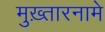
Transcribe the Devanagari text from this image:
मुख़्तारनामे